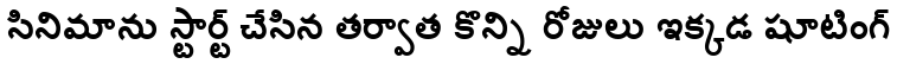
సినిమాను స్టార్ట్ చేసిన తర్వాత కొన్ని రోజులు ఇక్కడ షూటింగ్